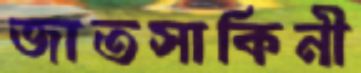
জাতসাকিনী